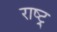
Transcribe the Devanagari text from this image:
राष्ट्र्